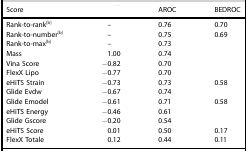
<table><thead><tr><td><b>Score</b></td><td>[EMPTY_CELL]</td><td><b>AROC</b></td><td><b>BEDROC</b></td></tr></thead><tbody><tr><td>Rank-to-rank<sup>[b]</sup></td><td>–</td><td>0.76</td><td>0.70</td></tr><tr><td>Rank-to-number<sup>[b]</sup></td><td>–</td><td>0.75</td><td>0.69</td></tr><tr><td>Rank-to-max<sup>[b]</sup></td><td>–</td><td>0.73</td><td>[EMPTY_CELL]</td></tr><tr><td>Mass</td><td>1.00</td><td>0.74</td><td>[EMPTY_CELL]</td></tr><tr><td>Vina Score</td><td>−0.82</td><td>0.70</td><td>[EMPTY_CELL]</td></tr><tr><td>FlexX Lipo</td><td>−0.77</td><td>0.70</td><td>[EMPTY_CELL]</td></tr><tr><td>eHiTS Strain</td><td>−0.73</td><td>0.73</td><td>0.58</td></tr><tr><td>Glide Evdw</td><td>−0.67</td><td>0.74</td><td>[EMPTY_CELL]</td></tr><tr><td>Glide Emodel</td><td>−0.61</td><td>0.71</td><td>0.58</td></tr><tr><td>eHiTS Energy</td><td>−0.46</td><td>0.61</td><td>[EMPTY_CELL]</td></tr><tr><td>Glide Gscore</td><td>−0.20</td><td>0.54</td><td>[EMPTY_CELL]</td></tr><tr><td>eHiTS Score</td><td>0.01</td><td>0.50</td><td>0.17</td></tr><tr><td>FlexX Totale</td><td>0.12</td><td>0.44</td><td>0.11</td></tr></tbody></table>